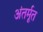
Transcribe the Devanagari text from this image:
अंतर्मूत